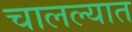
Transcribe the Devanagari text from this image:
चालल्यात